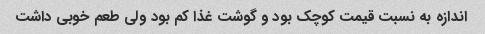
اندازه به نسبت قیمت کوچک بود و گوشت غذا کم بود ولی طعم خوبی داشت